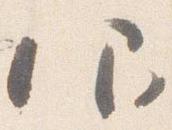
仰